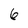
Character: 6